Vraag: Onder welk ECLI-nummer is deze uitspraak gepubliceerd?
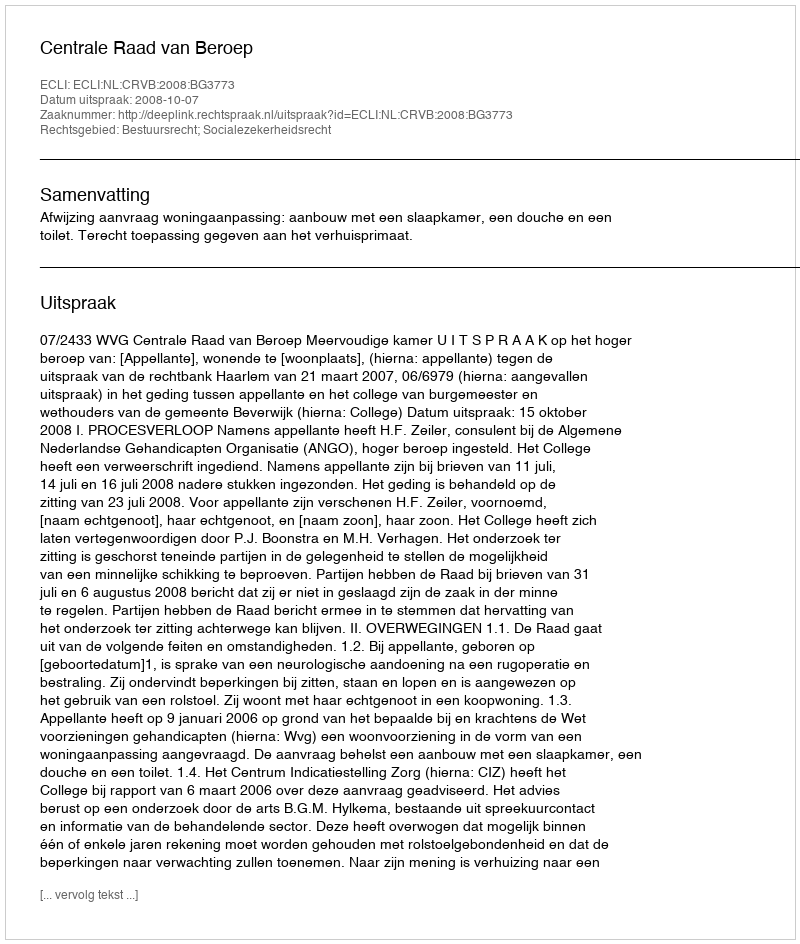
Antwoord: ECLI:NL:CRVB:2008:BG3773